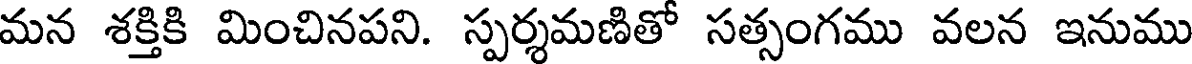
మన శక్తికి మించినపని. స్పర్శమణితో సత్సంగము వలన ఇనుము